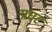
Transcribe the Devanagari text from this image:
प्रघट